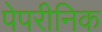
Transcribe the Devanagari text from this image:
पेपरीनिक